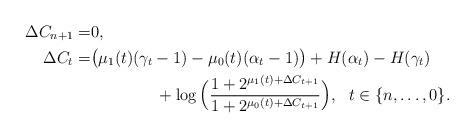
LaTeX: \begin{align*}\Delta{C}_{n+1}=&0,\\\Delta{C}_{t}=&\big(\mu_1(t)(\gamma_t-1)-\mu_0(t)(\alpha_t-1)\big)+H(\alpha_t)-H(\gamma_t)\\&\qquad\qquad+\log\Big(\frac{1+2^{\mu_1(t)+\Delta{C}_{t+1}}}{1+2^{\mu_0(t)+\Delta{C}_{t+1}}}\Big),~~t\in\{n,\ldots,0\}. \end{align*}